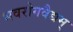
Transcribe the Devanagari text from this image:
भवरोगवैद्यम्